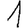
Digit: 1